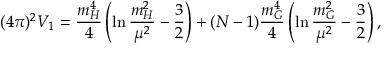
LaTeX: ( 4 \pi ) ^ { 2 } V _ { 1 } = \frac { m _ { H } ^ { 4 } } { 4 } \left( \ln \frac { m _ { H } ^ { 2 } } { \mu ^ { 2 } } - \frac { 3 } { 2 } \right) + ( N - 1 ) \frac { m _ { G } ^ { 4 } } { 4 } \left( \ln \frac { m _ { G } ^ { 2 } } { \mu ^ { 2 } } - \frac { 3 } { 2 } \right) ,